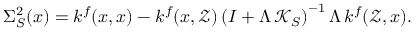
\Sigma _ { S } ^ { 2 } ( x ) = k ^ { f } ( x , x ) - k ^ { f } ( x , \mathcal { Z } ) \left( I + \Lambda \, \mathcal { K } _ { S } \right) ^ { - 1 } \Lambda \, k ^ { f } ( \mathcal { Z } , x ) .